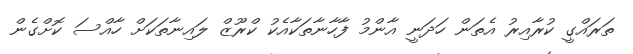
ތަރައްގީ ކުރާއިރު އެތަން ހަދަނީ އާންމު ފާހާނާތަކާއެކު ކްރޫޒް ލައިނާތަކަށް ހާއްސަ ކޮށްގެން